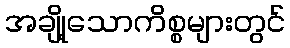
အချို့သောကိစ္စများတွင်